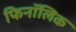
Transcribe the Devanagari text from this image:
फिनॉलिक